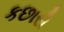
કછારી